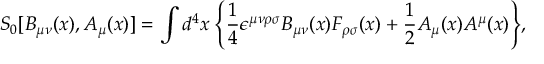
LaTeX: S _ { 0 } [ B _ { \mu \nu } ( x ) , A _ { \mu } ( x ) ] = \int d ^ { 4 } x \; \Bigg \{ \frac { 1 } { 4 } \epsilon ^ { \mu \nu \rho \sigma } B _ { \mu \nu } ( x ) F _ { \rho \sigma } ( x ) + \frac { 1 } { 2 } A _ { \mu } ( x ) A ^ { \mu } ( x ) \Bigg \} ,